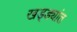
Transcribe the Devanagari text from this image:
खड्ड्यांत